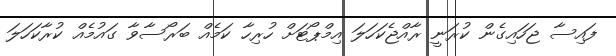
ފައިސާ ޖަހައިގެން ކުރަނީ ރާއްޖެކަހަލަ އިމްޕޯޓަށް ހުރިހާ ކަމެއް ބަރޯސާވާ ގައުމެއް ކުރާކަހަލަ